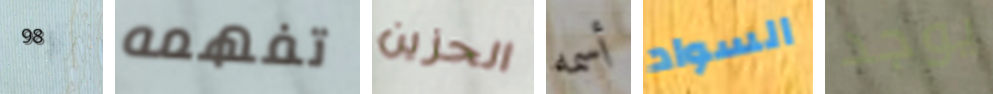
98 تفهمه الحزين أسمه السواد يوجد